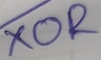
Text: XOR